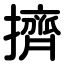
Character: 擠